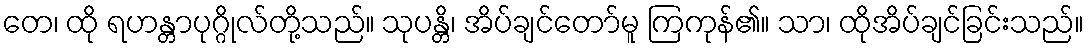
တေ၊ ထို ရဟန္တာပုဂ္ဂိုလ်တို့သည်။ သုပန္တိ၊ အိပ်ချင်တော်မူ ကြကုန်၏။ သာ၊ ထိုအိပ်ချင်ခြင်းသည်။